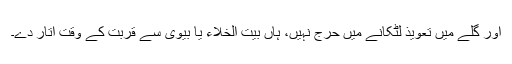
اور گلے میں تعویذ لٹکانے میں حرج نہیں، ہاں بیت الخلاء یا بیوی سے قربت کے وقت اتار دے۔